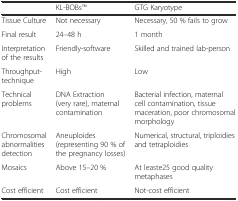
<table><thead><tr><td></td><td><b>KL-BOBsTM</b></td><td><b>GTG Karyotype</b></td></tr></thead><tbody><tr><td>Tissue Culture</td><td>Not necessary</td><td>Necessary, 50 % fails to grow</td></tr><tr><td>Final result</td><td>24–48 h</td><td>1 month</td></tr><tr><td>Interpretation of the results</td><td>Friendly-software</td><td>Skilled and trained lab-person</td></tr><tr><td>Throughput-technique</td><td>High</td><td>Low</td></tr><tr><td>Technical problems</td><td>DNA Extraction (very rare), maternal contamination</td><td>Bacterial infection, maternal cell contamination, tissue maceration, poor chromosomal morphology</td></tr><tr><td>Chromosomal abnormalities detection</td><td>Aneuploides (representing 90 % of the pregnancy losses)</td><td>Numerical, structural, triploidies and tetraploidies</td></tr><tr><td>Mosaics</td><td>Above 15–20 %</td><td>At leaste25 good quality metaphases</td></tr><tr><td>Cost efficient</td><td>Cost efficient</td><td>Not-cost efficient</td></tr></tbody></table>